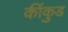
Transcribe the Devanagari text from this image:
कींकुड